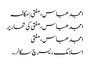
امجد عباس، مفتی | مکالمہ
امجد عباس، مفتی کی تحاریر
امجد عباس، مفتی
اسلامک ریسرچ سکالر۔